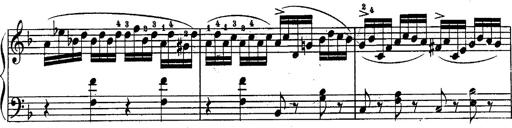
Title: Schubert's Impromptus [revised and edited by Franz Liszt]
Composer: Franz Liszt